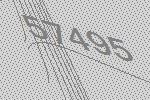
57495